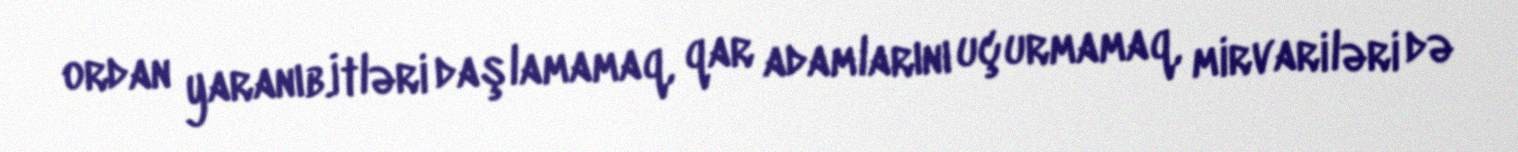
ordan yaranıb.İtləri daşlamamaq, qar adamlarını uçurmamaq, mirvariləri də